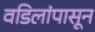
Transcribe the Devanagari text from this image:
वडिलांपासून